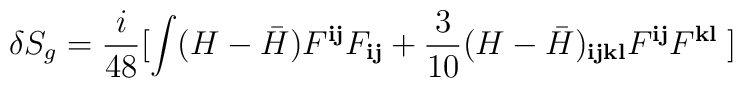
\delta S_g = \frac{i}{48} [ \int (H-{\bar H}) F^{{\mathbf i}{\mathbf j}}F_{{\mathbf i}{\mathbf j}} + \frac{3}{10} (H-{\bar H})_{{\mathbf i}{\mathbf j}{\mathbf k}{\mathbf l}}F^{{\mathbf i}{\mathbf j}} F^{{\mathbf k}{\mathbf l}}\; ]